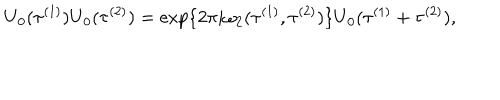
LaTeX: \mathrm { U } _ { 0 } ( { \tau } ^ { ( 1 ) } ) \mathrm { U } _ { 0 } ( { \tau } ^ { ( 2 ) } ) = \exp \{ 2 \pi i { \omega } _ { 2 } ( { \tau } ^ { ( 1 ) } , { \tau } ^ { ( 2 ) } ) \} \mathrm { U } _ { 0 } ( { \tau } ^ { ( 1 ) } + { \tau } ^ { ( 2 ) } ) ,